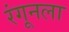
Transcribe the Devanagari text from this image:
रंगूनला